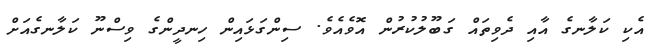
އެކި ކަލާނގެ އާއި ދެވިތައް ގަބޫލުކުރުން އޮވެއެވެ. ސިންގަޅައިން ހިނދީންގެ ވިސްނޫ ކަލާނގެއަށް